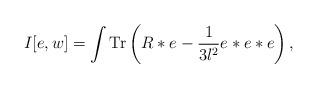
LaTeX: \begin{align*}I[e,w] = \int \mbox{Tr} \left( R * e - {1 \over 3l^2} e*e*e \right),\end{align*}